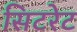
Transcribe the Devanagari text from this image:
सिटरेट